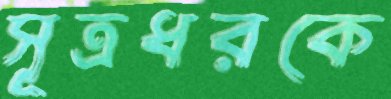
সূত্রধরকে